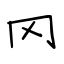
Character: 冈